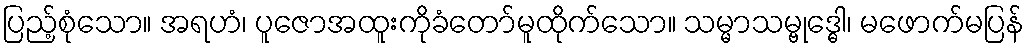
ပြည့်စုံသော။ အရဟံ၊ ပူဇောအထူးကိုခံတော်မူထိုက်သော။ သမ္မာသမ္ဗုဒ္ဓေါ၊ မဖောက်မပြန်